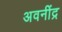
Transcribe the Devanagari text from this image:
अवनींद्र